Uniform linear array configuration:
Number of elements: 8
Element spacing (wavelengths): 0.25
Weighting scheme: hann
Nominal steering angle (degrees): -30
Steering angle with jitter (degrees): -29.064
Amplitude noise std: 0.05
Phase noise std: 0.05

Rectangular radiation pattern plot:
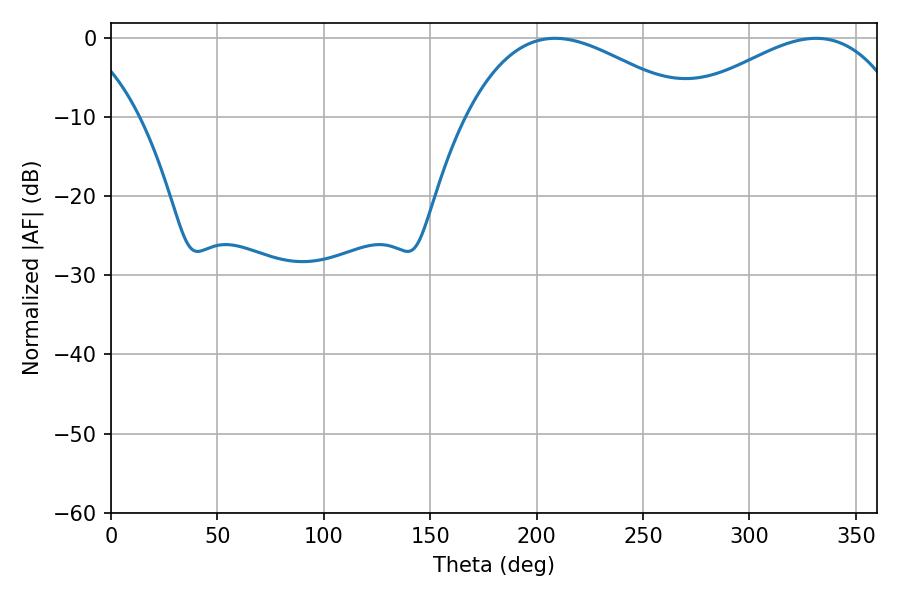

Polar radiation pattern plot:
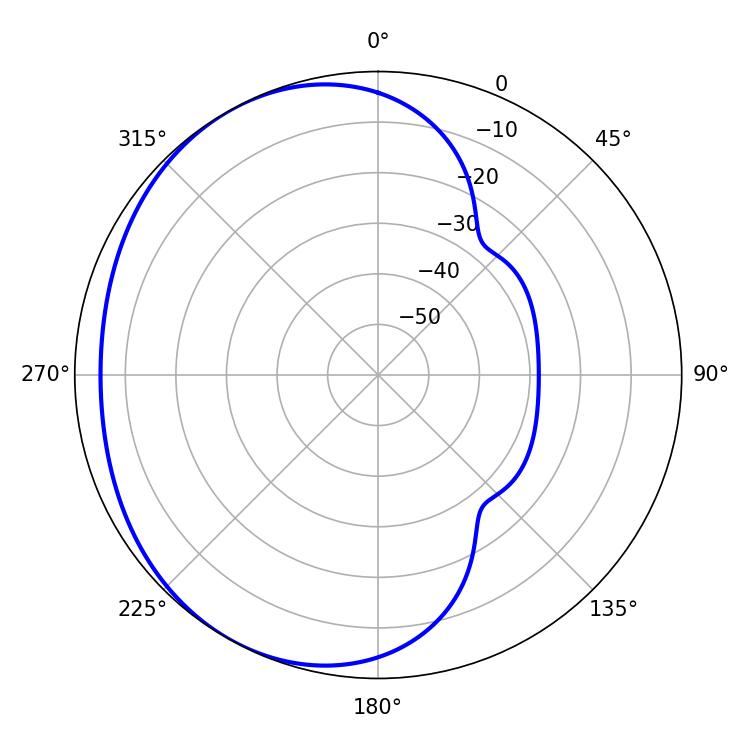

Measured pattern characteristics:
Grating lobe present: FALSE
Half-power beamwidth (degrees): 58.14
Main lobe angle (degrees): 331.38